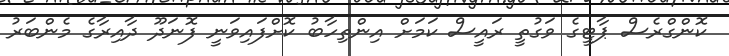
ކޮންގްރެސް ޕާޓީގެ ވަގުތީ ރައީސް ކަމަށް އިންތިހާބު ކޮށްފައިވަނީ ފޮނަދޫ ދާއިރާގެ މެންބަރު